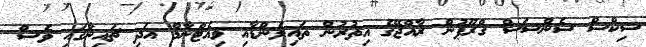
ސިކްސް ސެންސަސް ގްރޫޕުން ރާއްޖޭގެ އިތުރުން ތައިލެންޑާއި ވިއެޓްނާމް އަދި ޗައިނާގައި ވެސް